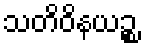
သတိဝိနယဉ္စ